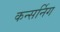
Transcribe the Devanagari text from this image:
कन्सर्निग